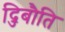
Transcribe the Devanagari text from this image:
द्जिबौति